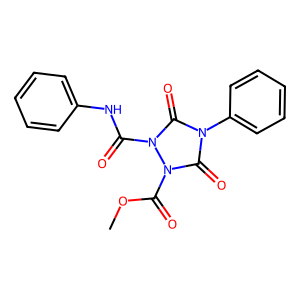
SMILES: COC(=O)n1c(=O)n(-c2ccccc2)c(=O)n1C(=O)Nc1ccccc1
Inhibits HIV replication: No